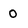
Character: 0